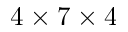
4 \times 7 \times 4